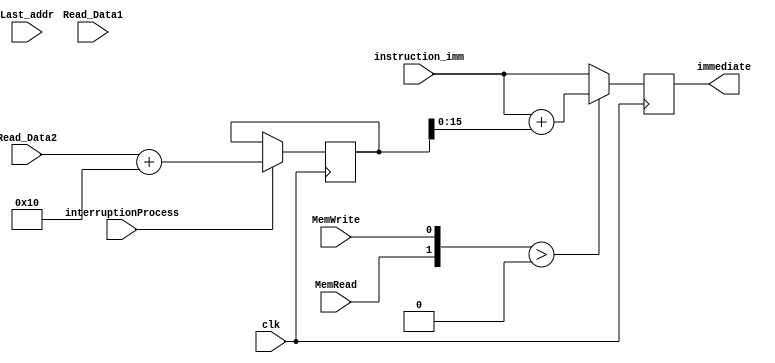
module BIOS
( 
 input clk, interruptionProcess, MemRead, MemWrite,
 input [15:0] instruction_imm,
 input [31:0] Read_Data1, Read_Data2, Last_addr,
 output reg [15:0] immediate
); 

 reg [31:0] Base_addr, mem_addr;
 
 initial
 begin
	Base_addr <= 32'd0;
	mem_addr <= 32'd0;
 end
 
 always @(negedge clk)
 begin
	if (interruptionProcess) begin
		Base_addr <= Read_Data1;
		mem_addr <= Read_Data2+32'd16;
	end
	
	if ({MemRead, MemWrite} > 2'd0) immediate = instruction_imm + mem_addr[15:0];
	else immediate = instruction_imm;

 end
 
endmodule